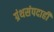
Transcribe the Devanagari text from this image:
ग्रंथसंपदाही